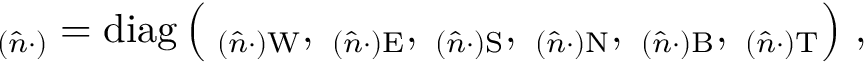
\mathbf \Lambda _ { ( \hat { n } \cdot ) } = \operatorname { d i a g } \left( \mathbf \Lambda _ { ( \hat { n } \cdot ) \mathrm { W } } , \mathbf \Lambda _ { ( \hat { n } \cdot ) \mathrm { E } } , \mathbf \Lambda _ { ( \hat { n } \cdot ) \mathrm { S } } , \mathbf \Lambda _ { ( \hat { n } \cdot ) \mathrm { N } } , \mathbf \Lambda _ { ( \hat { n } \cdot ) \mathrm { B } } , \mathbf \Lambda _ { ( \hat { n } \cdot ) \mathrm { T } } \right) \, ,